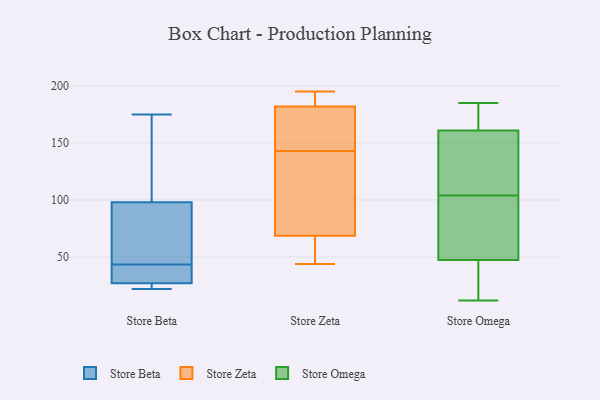
{"axis": {"x": "Market Share (%)", "y": "Value"}, "legend": ["Store Beta", "Store Omega", "Store Zeta"], "data": [{"x": "", "y": 25, "type": "Store Beta"}, {"x": "", "y": 98, "type": "Store Beta"}, {"x": "", "y": 115, "type": "Store Beta"}, {"x": "", "y": 45, "type": "Store Beta"}, {"x": "", "y": 175, "type": "Store Beta"}, {"x": "", "y": 36, "type": "Store Beta"}, {"x": "", "y": 27, "type": "Store Beta"}, {"x": "", "y": 42, "type": "Store Beta"}, {"x": "", "y": 47, "type": "Store Beta"}, {"x": "", "y": 22, "type": "Store Beta"}, {"x": "", "y": 143, "type": "Store Zeta"}, {"x": "", "y": 71, "type": "Store Zeta"}, {"x": "", "y": 179, "type": "Store Zeta"}, {"x": "", "y": 195, "type": "Store Zeta"}, {"x": "", "y": 191, "type": "Store Zeta"}, {"x": "", "y": 150, "type": "Store Zeta"}, {"x": "", "y": 57, "type": "Store Zeta"}, {"x": "", "y": 74, "type": "Store Zeta"}, {"x": "", "y": 44, "type": "Store Zeta"}, {"x": "", "y": 62, "type": "Store Zeta"}, {"x": "", "y": 118, "type": "Store Zeta"}, {"x": "", "y": 191, "type": "Store Zeta"}, {"x": "", "y": 155, "type": "Store Zeta"}, {"x": "", "y": 61, "type": "Store Omega"}, {"x": "", "y": 54, "type": "Store Omega"}, {"x": "", "y": 171, "type": "Store Omega"}, {"x": "", "y": 41, "type": "Store Omega"}, {"x": "", "y": 124, "type": "Store Omega"}, {"x": "", "y": 121, "type": "Store Omega"}, {"x": "", "y": 140, "type": "Store Omega"}, {"x": "", "y": 171, "type": "Store Omega"}, {"x": "", "y": 52, "type": "Store Omega"}, {"x": "", "y": 168, "type": "Store Omega"}, {"x": "", "y": 39, "type": "Store Omega"}, {"x": "", "y": 104, "type": "Store Omega"}, {"x": "", "y": 93, "type": "Store Omega"}, {"x": "", "y": 171, "type": "Store Omega"}, {"x": "", "y": 26, "type": "Store Omega"}, {"x": "", "y": 46, "type": "Store Omega"}, {"x": "", "y": 111, "type": "Store Omega"}, {"x": "", "y": 185, "type": "Store Omega"}, {"x": "", "y": 12, "type": "Store Omega"}]}